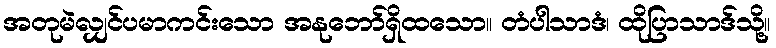
အတုမဲလျှင်ပမာကင်းသော အနုဘော်ရှိထသော။ တံပါသာဒံ၊ ထိုပြာသာဒ်သို့။